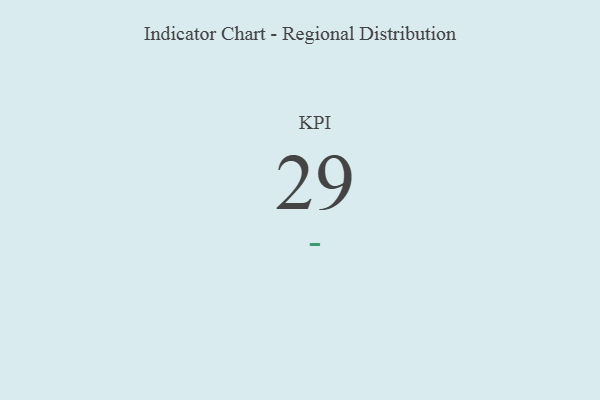
{"axis": {"x": "KPI", "y": "Value"}, "legend": [""], "data": [{"x": "KPI", "y": 29, "type": ""}]}